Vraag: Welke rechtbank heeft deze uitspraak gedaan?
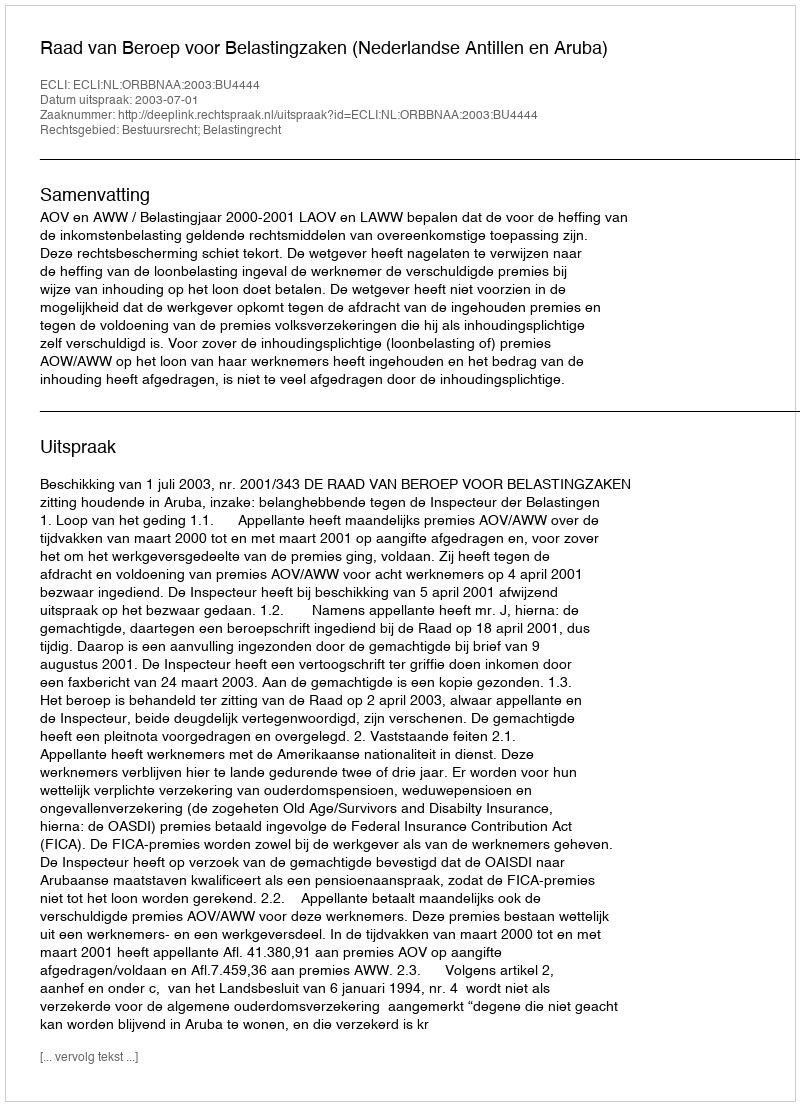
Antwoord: Raad van Beroep voor Belastingzaken (Nederlandse Antillen en Aruba)